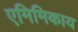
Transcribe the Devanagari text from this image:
एमिमिकाय